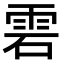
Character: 雼